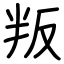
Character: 叛